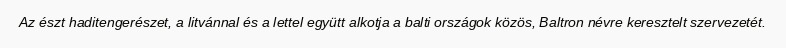
Az észt haditengerészet, a litvánnal és a lettel együtt alkotja a balti országok közös, Baltron névre keresztelt szervezetét.